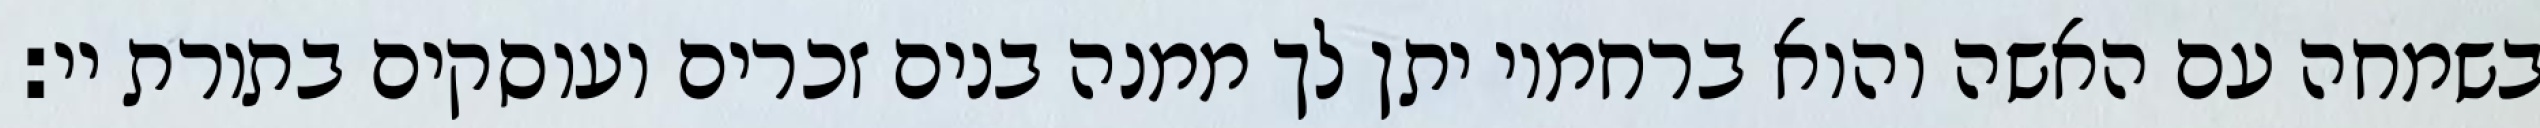
בשמחה עם האשה והוא ברחמיו יתן לך ממנה בנים זכרים ועוסקים בתורת יי: